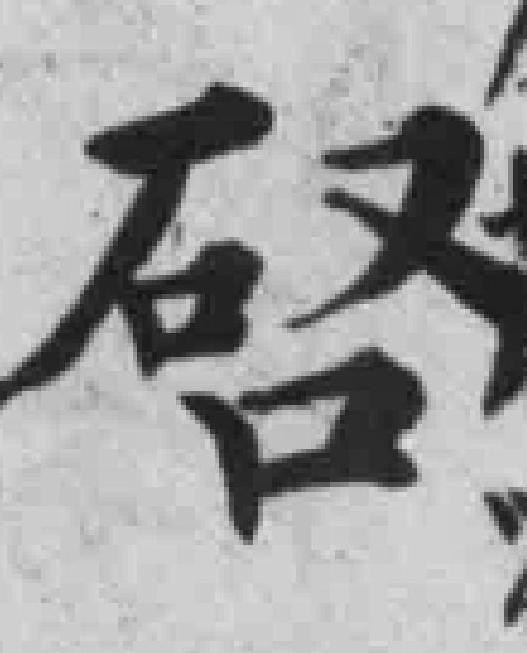
啓